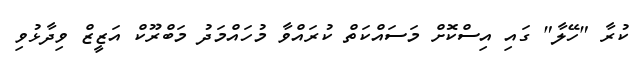
ކުރާ "ހޭލާ" ގައި އިސްކޮށް މަަސައްކަތް ކުރައްވާ މުހައްމަދު މަބްރޫކް އަޒީޒް ވިދާޅުވި